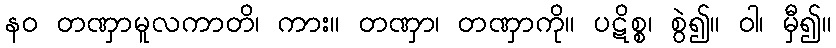
နဝ တဏှာမူလကာတိ၊ ကား။ တဏှာ၊ တဏှာကို။ ပဋိစ္စ၊ စွဲ၍။ ဝါ၊ မှီ၍။